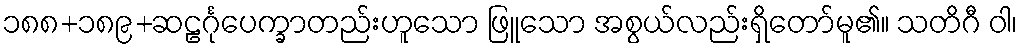
၁၈၈+၁၈၉+ဆဠင်္ဂုပေက္ခာတည်းဟူသော ဖြူသော အစွယ်လည်းရှိတော်မူ၏။ သတိဂီ ဝါ၊